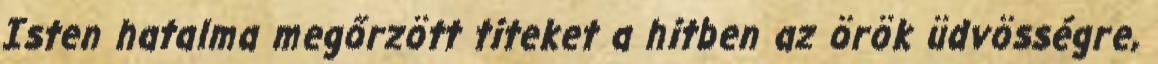
Isten hatalma megőrzött titeket a hitben az örök üdvösségre,